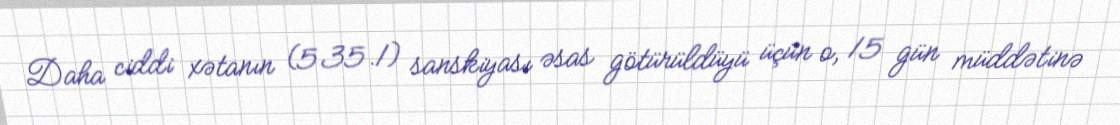
Daha ciddi xətanın (535.1) sanskiyası əsas götürüldüyü üçün o, 15 gün müddətinə